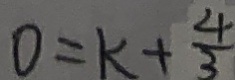
0 = k + \frac { 4 } { 3 }